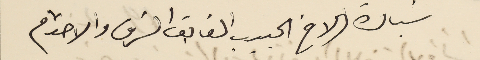
سبادة الاخ الحبيب الفايق الشرف والاحترام